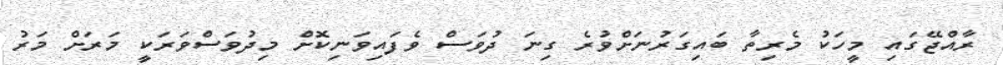
ރާއްޖޭގައި މީހަކު މެރިތާ ބައިގަރުނަށްވުރެ ގިނަ ދުވަސް ވެފައިވަނިކޮށް މިދުވަސްވަރަކީ މަރަށް މަރު